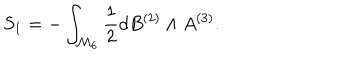
LaTeX: S _ { 1 } = - \int _ { { \cal M } _ { 6 } } { \frac { 1 } { 2 } } d B ^ { ( 2 ) } \wedge A ^ { ( 3 ) } .